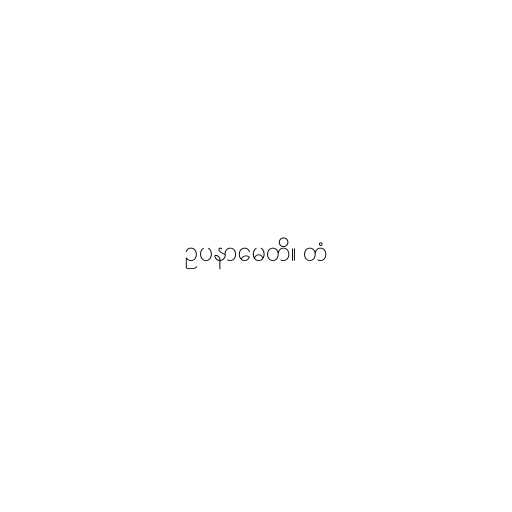
ဥပနာမေတိ။ တံ